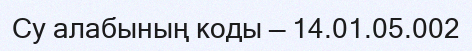
Су алабының коды — 14.01.05.002